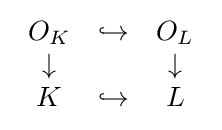
{\begin{array}{ccc}O_{K}&\hookrightarrow &O_{L}\\\downarrow &&\downarrow \\K&\hookrightarrow &L\end{array}}